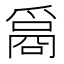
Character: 𤔦